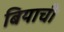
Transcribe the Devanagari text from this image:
बियाची